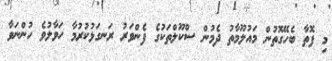
މި ފޮތާ ބެހޭގޮތުން މައުލޫމާތު ދެމުން ސްކޫލްތަކުގެ ފެންވަރު ރަނގަޅުކުރުމާ ހަވާލުވެ ހުންނަވާ